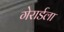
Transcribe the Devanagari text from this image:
गेरार्डला